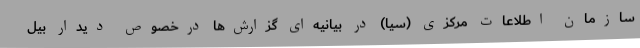
سازمان اطلاعات مرکزی (سیا) در بیانیه‌ای گزارش‌ها درخصوص دیدار بیل